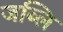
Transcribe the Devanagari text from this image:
जब्लि